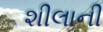
શીલાની